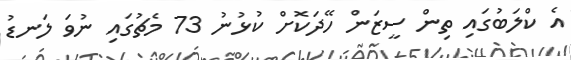
އެ ކްލަބުގައި ތިން ސީޒަން ހޭދަކޮށް ކުޅުނު 73 މެޗުގައި ނުވަ ލަނޑު